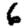
Digit: 6